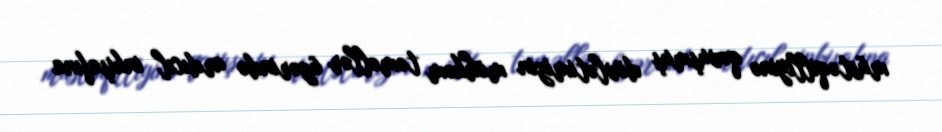
müstəqilliyinə qovuşmuş dövlətimizin möhkəm təməllər üzərində ardıcıl inkişafına